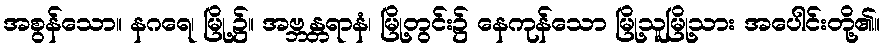
အစွန်သော။ နဂရေ၊ မြို့၌။ အဗ္ဘန္တရာနံ၊ မြို့တွင်း၌ နေကုန်သော မြို့သူမြို့သား အပေါင်းတို့၏။